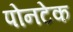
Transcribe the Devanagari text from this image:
पोनटेक